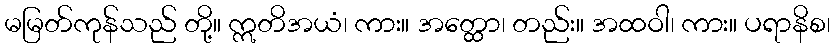
မမြတ်ကုန်သည် တို့။ ဣတိအယံ၊ ကား။ အတ္ထော၊ တည်း။ အထဝါ၊ ကား။ ပရာနိစ၊